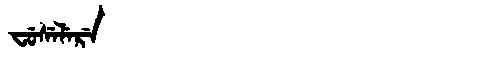
Manchu: ᠸᡠᠰᡝᠯᡝᡵᡝ
Romanization: FUSELERE